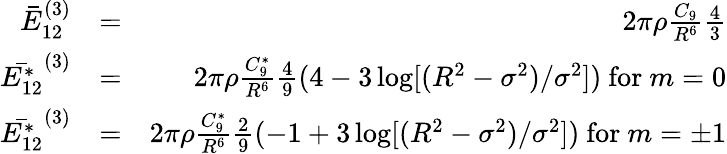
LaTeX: \begin{array}{rlr}{\bar{E}_{12}^{(3)}}&{=}&{2\pi\rho\frac{C_{9}}{R^{6}}\frac{4}{3}}\\ {\bar{E_{12}^{*}}^{(3)}}&{=}&{2\pi\rho\frac{C_{9}^{*}}{R^{6}}\frac{4}{9}(4-3\log[(R^{2}-\sigma^{2})/\sigma^{2}])\mathrm{~for~}m=0}\\ {\bar{E_{12}^{*}}^{(3)}}&{=}&{2\pi\rho\frac{C_{9}^{*}}{R^{6}}\frac{2}{9}(-1+3\log[(R^{2}-\sigma^{2})/\sigma^{2}])\mathrm{~for~}m=\pm 1}\end{array}